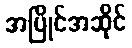
အပြိုင်အဆိုင်